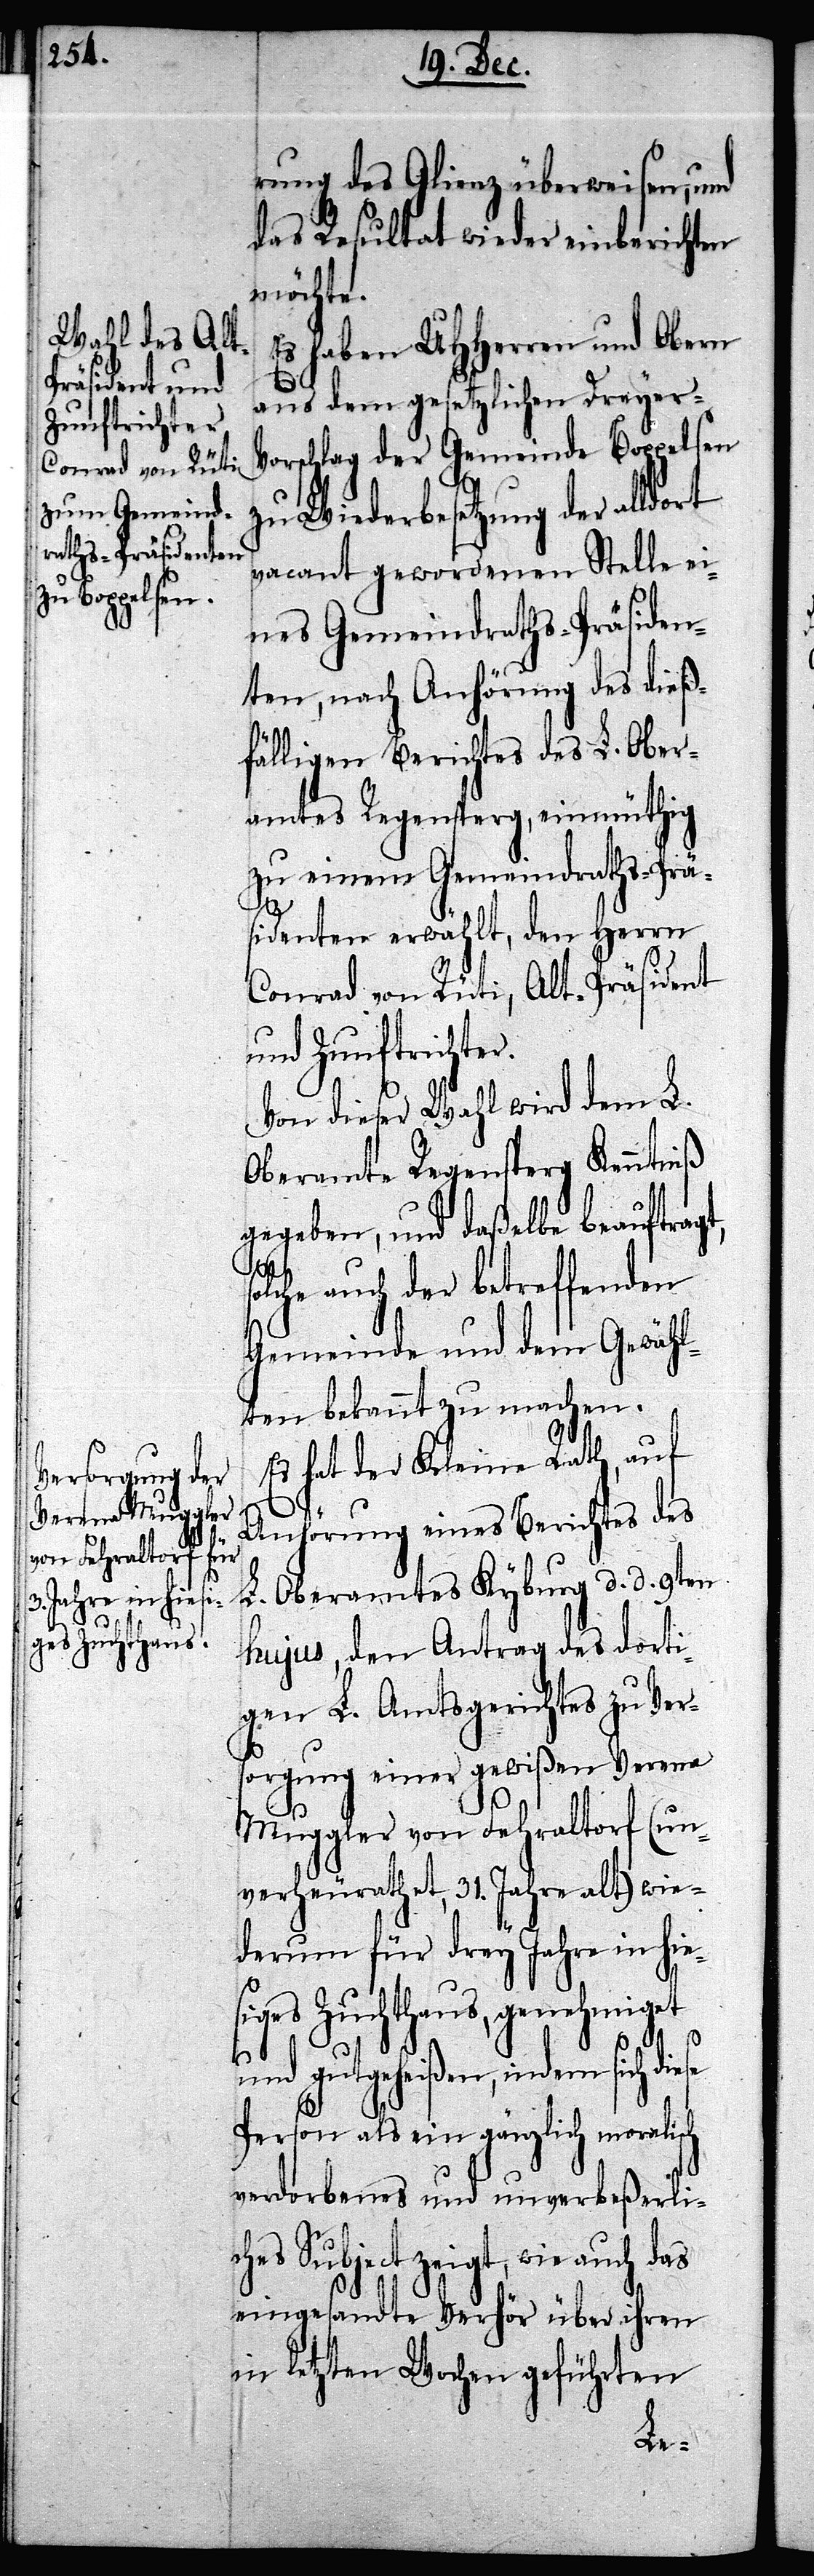
rung des Glienz überweisen, und
das Resultat wieder einberichten
möchte.
Es haben UHHerren und Obern
aus dem gesetzlichen Dreyer-V¬
orschlag der Gemeinde Boppelsen
zu Wiederbesetzung der alldort
vacant gewordenen Stelle ei¬
nes Gemeindraths-Präsiden¬
ten, nach Anhörung des dieß¬
fälligen Berichtes des L. Ober¬
amtes Regensperg, einmüthig
zu einem Gemeindraths-Prä¬
sidenten erwählt, den Herrn
Conrad von Rüti, Alt-Präsident
und Zunftrichter.
Von dieser Wahl wird dem L.
Oberamte Regensperg Kenntniß
gegeben, und daßelbe beauftragt,
lche auch der betreffenden
Gemeinde und dem Gewähl¬
ten bekannt zu machen.
Es hat der Kleine Rath, auf
Anhörung eines Berichtes des
L. Oberamtes Kyburg d. d. 9ten
hujus, den Antrag des dorti¬
gen L. Amtsgerichtes zu Ver¬
sorgung einer gewißen Verena
Muggler von Fehraltorf (un¬
verheurathet, 31. Jahre alt) wie¬
derum für drey Jahre in hie¬
siges Zuchthaus, genehmiget
gutgeheißen, indem sich
Person als ein gänzlich moralisch
verdorbenes und unverbeßerlic¬
zeigt, wie auch das
eingesandte Verhör über ihren
in letzten Wochen geführten
hes